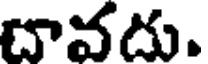
దావదు.